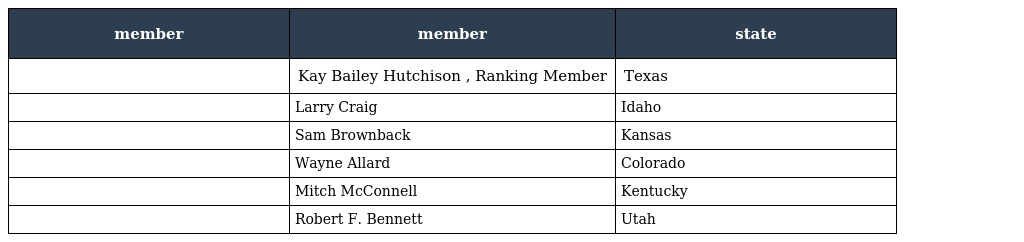
| member | member | state |
 | --- | --- | --- |
 |  | Kay Bailey Hutchison , Ranking Member | Texas |
 |  | Larry Craig | Idaho |
 |  | Sam Brownback | Kansas |
 |  | Wayne Allard | Colorado |
 |  | Mitch McConnell | Kentucky |
 |  | Robert F. Bennett | Utah |